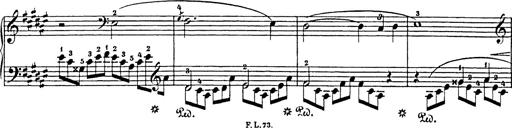
Title: Impromptu
Composer: JosÃ© MarÃ­a Usandizaga
Key: A major